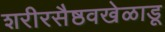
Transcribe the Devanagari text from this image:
शरीरसैष्ठवखेळाडू